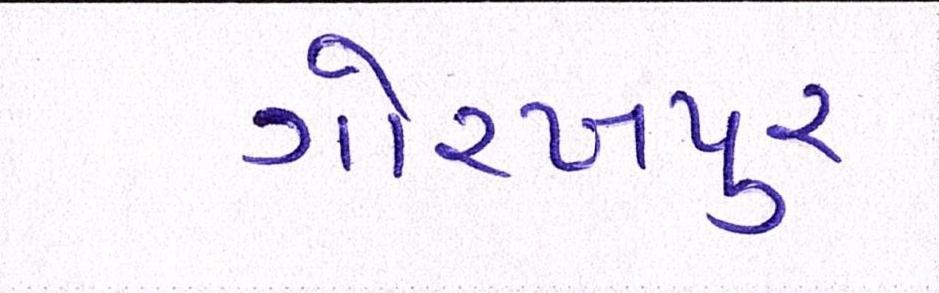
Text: ગોરખપુરઃ